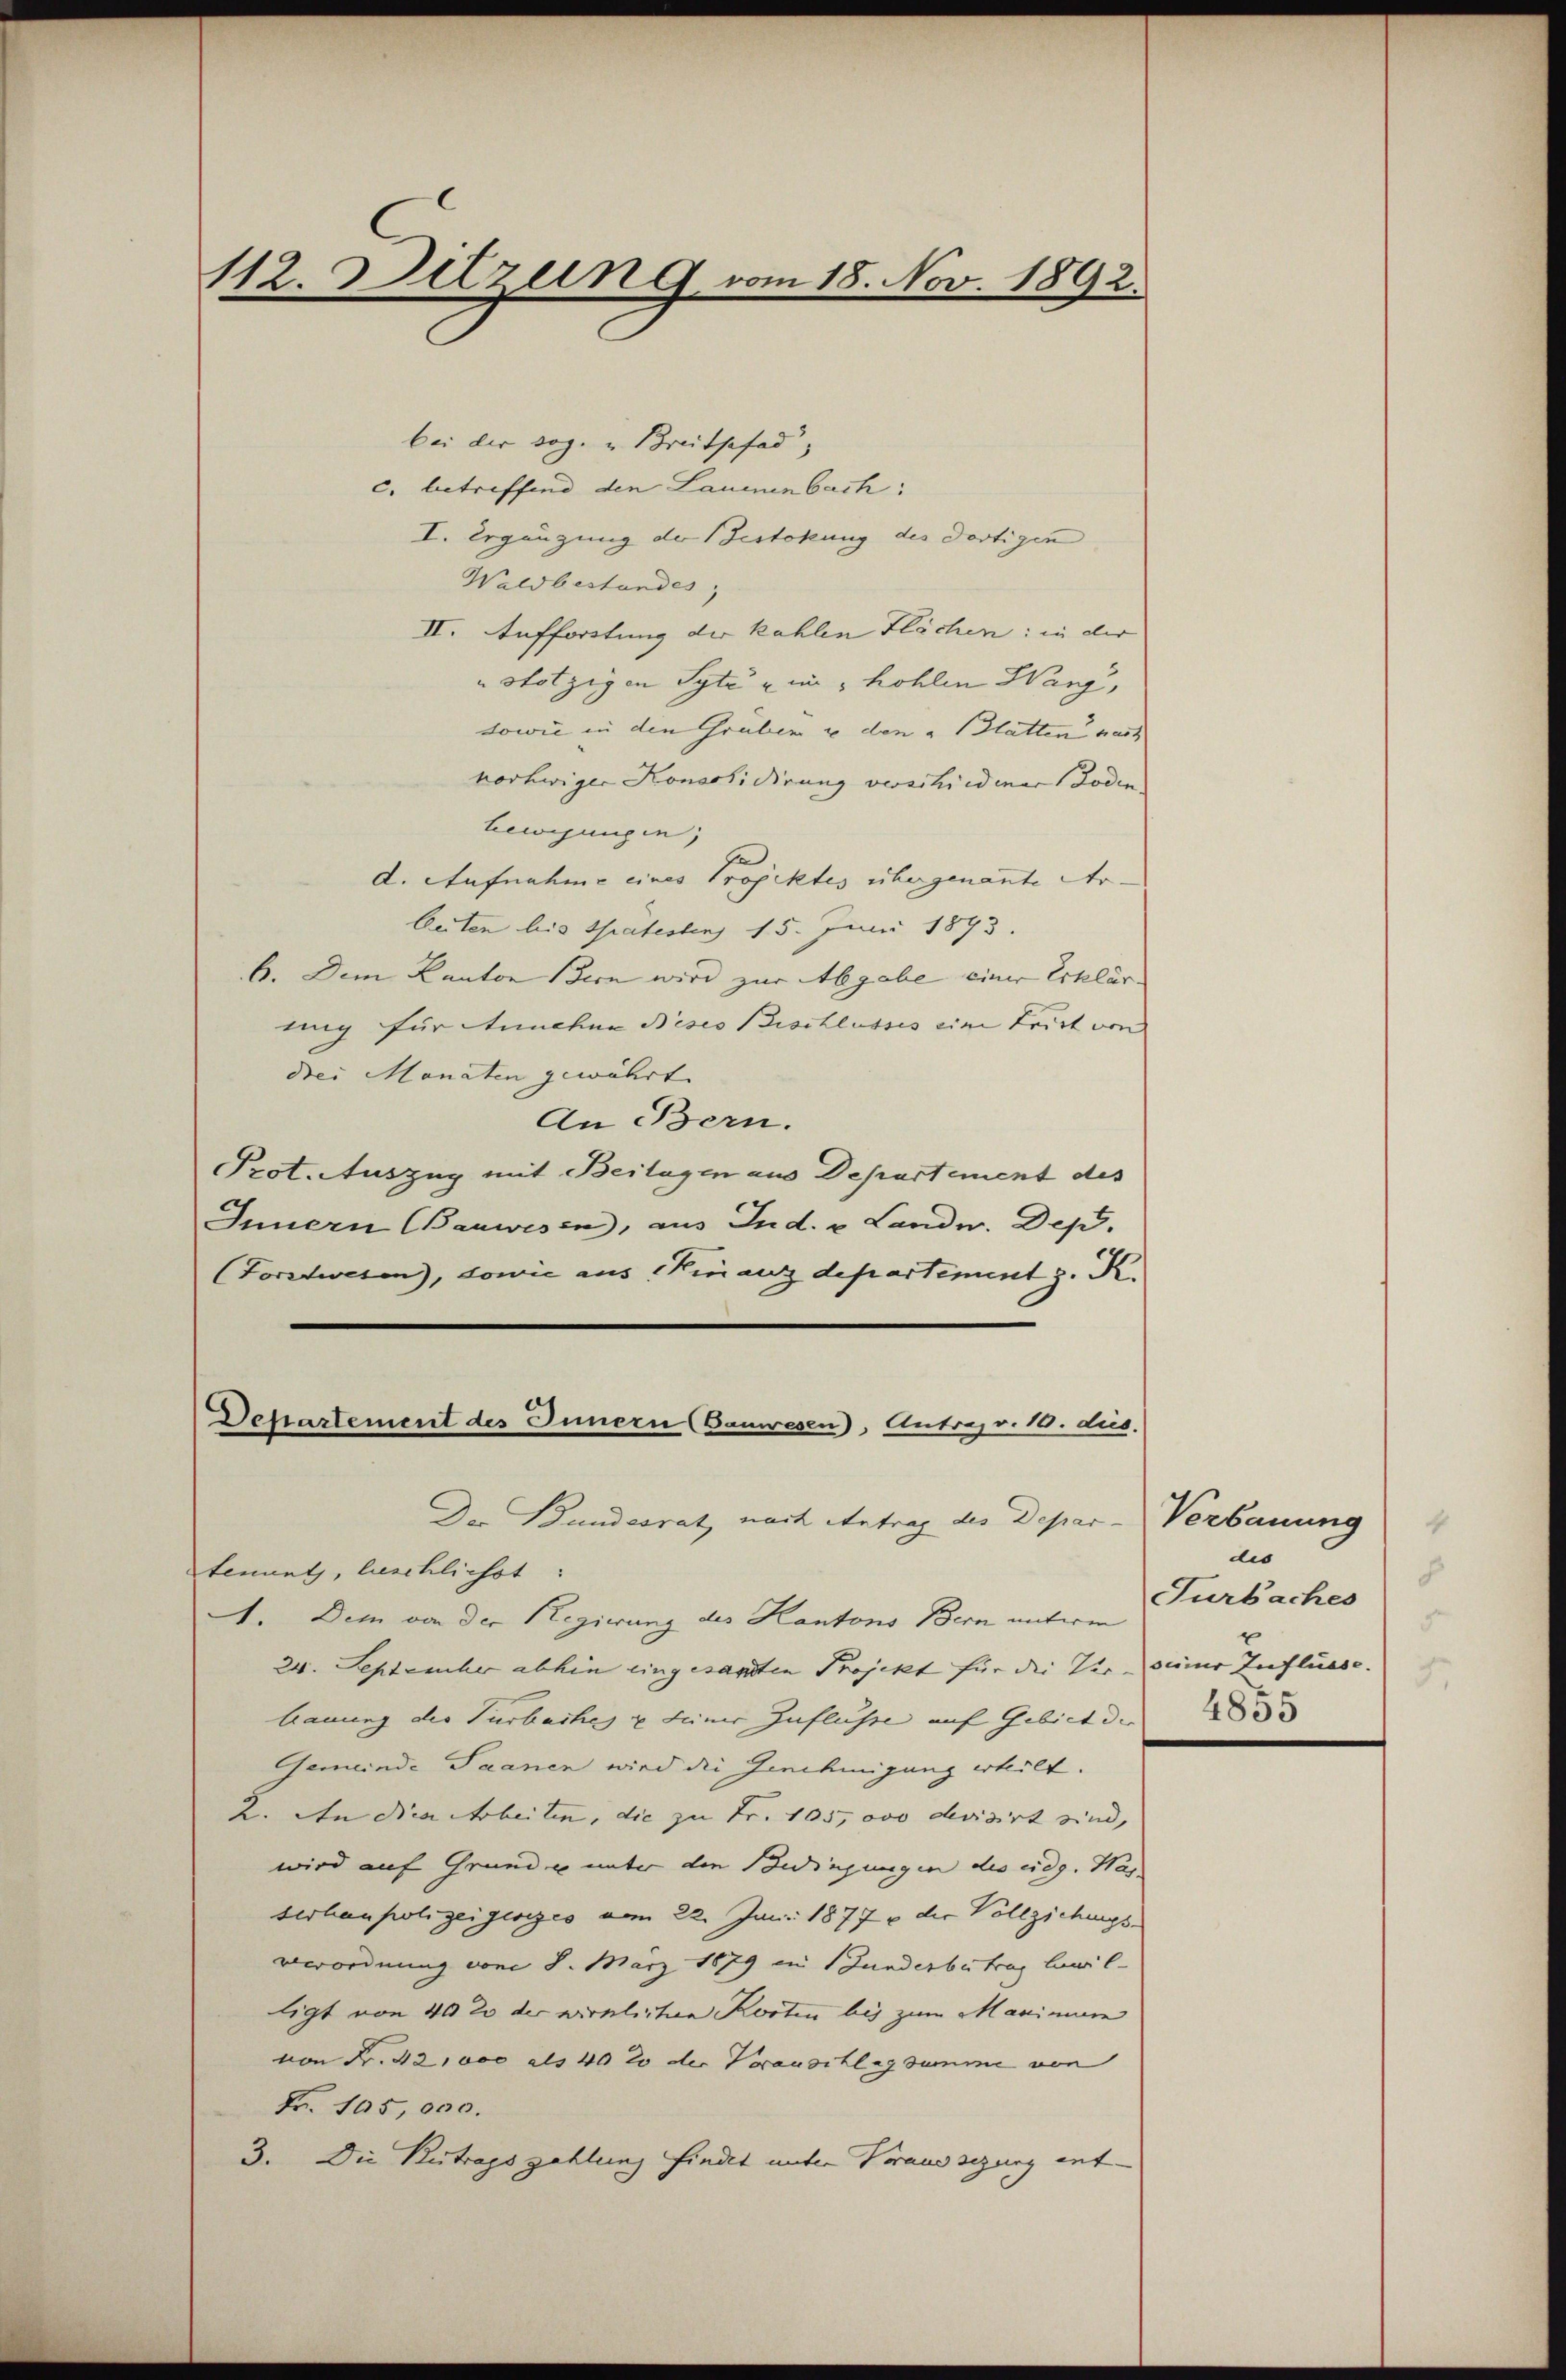
112. Setzen 9 vom 18. Nov. 1892.

bei der sog. u Breitpfad
c. betreffend den Laumenbach:
I. Ergänzung der Gestokung des dortigen
Waldbestandes;
II. Aufforstung der kahlen Flächen: in der
" stutzigen Syte u in hohlen Wang,
sowie in den Gruben u den & Glatten pass
norhwiger Konsolidirung verschiedener Boden.
bewegungen,
d. Aufnahme eines Projektes übergenannte Ar-
beiten bis Spätesten 15. Juni 1893.
6. Dem Kanton Bern wird zur Abgabe einer Erklär
ung für unehme dieses Bischlusses eine Frist von
drei Monaten gewährt. |
An Bern.
Prot. Auszug mit Beilagen aus Departement des
Innern (Bauwesen, aus Ind. v. Landw. Dep
Corstwesen), sowie aus Finanzdepartement z. K.
Departement des Innern (Bauwesen), Antrag v. 10. dus.
Der Bundesrat, nach Antrag des Depar-Verbauung
Stenuntz, beschlichst:
1. Dem von der Regierung des Kantons Bern unterm
24. September abhin eingesandten Projekt für die Verseiner Zuflüsse.
bauung der Turbaches u seiner Zuflusse auf Gebiet der
Gemeinde Saanen wird die Genehmigung erheilt.
2. An die Arbeiten, die zu Fr. 105, ovo devisirt sind,
wird auf Grund u unter den Bedingungen des eidg. Was
serhaupolizeigesezes vom 22. Juni 1877 die Vollziehungs-
verordnung von 8. März 1879 in Bunderbetrag bewil
ligt von 40 20 der wirklichen Kosten bis zum Maninuer
von Fr. 42,000 als 40 20 der Vorauschlagsumme von
Fr. 105,000.
3. Die Betragszahlung findet unter Voraussezung ent-

4
dis
8
Turbaches
5